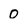
Character: 0